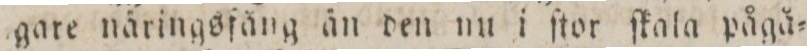
gare näringsfäng än den nu i ſtor ſkala pågå=